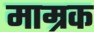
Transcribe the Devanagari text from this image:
माम्रक